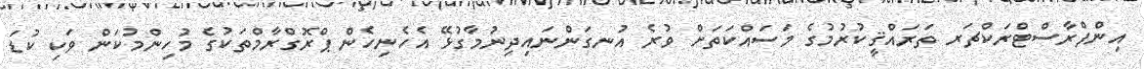
އިންފްރާސްޓްރަކްޗަރ ތަރައްޤީކުރުމުގެ މަސައްކަތަށް ވުރެ އުނގަންނައިދިނުމާގުޅޭ އެހެނިހެން ޕްރޮގްރާމްތަކުގެ މުހިންމުކަން ވަކި ކުޑަ